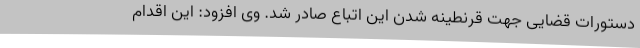
دستورات قضایی جهت قرنطینه شدن این اتباع صادر شد. وی افزود: این اقدام